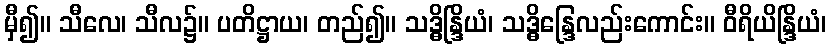
မှီ၍။ သီလေ၊ သီလ၌။ ပတိဋ္ဌာယ၊ တည်၍။ သဒ္ဓိန္ဒြိယံ၊ သဒ္ဓိန္ဒြေလည်းကောင်း။ ဝီရိယိန္ဒြိယံ၊